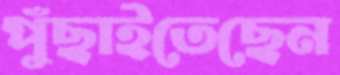
পুঁছাইতেছেন